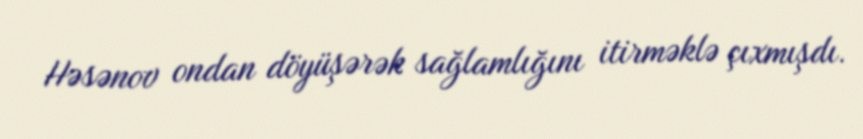
Həsənov ondan döyüşərək sağlamlığını itirməklə çıxmışdı.